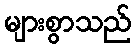
များစွာသည်